Report of the Municipal Commissioner on the plague in Bombay for the year ending 31st May... - Volume 1
Disease focus: Plague
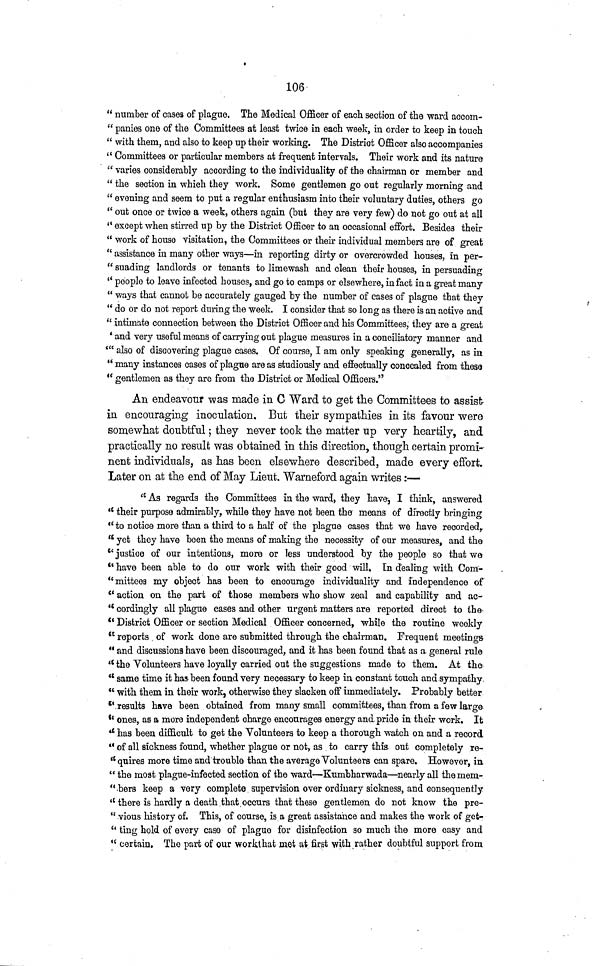
106
" number of cases of plague. The Medical Officer of each section of the ward accom-
" panies one of the Committees at least twice in each week, in order to keep in touch
" with them, and also to keep up their working. The District Officer also accompanies
" Committees or particular members at frequent intervals. Their work and its nature
" varies considerably according to the individuality of the chairman or member and
" the section in which they work. Some gentlemen go out regularly morning and
" evening and seem to put a regular enthusiasm into their voluntary duties, others go
" out once or twice a week, others again (but they are very few) do not go out at all
" except when stirred up by the District Officer to an occasional effort. Besides their
" work of house visitation, the Committees or their individual members are of great
" assistance in many other ways—in reporting dirty or overcrowded houses, in per-
" suading landlords or tenants to limewash and clean their houses, in persuading
" people to leave infected houses, and go to camps or elsewhere, in fact in a great many
" ways that cannot be accurately gauged by the number of cases of plague that they
"do or do not report during the week. I consider that so long as there is an active and
" intimate connection between the District Officer and his Committees, they are a great
' and very useful means of carrying out plague measures in a conciliatory manner and
" also of discovering plague cases. Of course, I am only speaking generally, as in
" many instances cases of plague areas studiously and effectually concealed from these
" gentlemen as they are from the District or Medical Officers."
An endeavour was made in C Ward to get the Committees to assist-
in encouraging inoculation. But their sympathies in its favour were
somewhat doubtful ; they never took the matter up very heartily, and
practically no result was obtained in this direction, though certain promi-
nent individuals, as has been elsewhere described, made every effort.
Later on at the end of May Lieut. Warneford again writes :—
" As regards the Committees in the ward, they have, I think, answered
" their purpose admirably, while they have not been the means of directly bringing
" to notice more than a third to a half of the plague cases that we have recorded,.
" yet they have been the means of making the necessity of our measures, and the
" justice of our intentions, more or less understood by the people so that we
" have been able to do our work with their good will. In dealing with Com-
"mittees my object has been to encourage individuality and independence of
" action on the part of those members who show zeal and capability and ac-
" cordingly all plague cases and other urgent matters are reported direct to the
" District Officer or section Medical Officer concerned, while the routine weekly
" reports of work done are submitted through the chairman. Frequent meetings
" and discussions have been discouraged, and it has been found that as a general rule
" the Volunteers have loyally carried out the suggestions made to them. At the
" same time it has been found very necessary to keep in constant touch and sympathy
" with them in their work, otherwise they slacken off immediately. Probably better
" results have been obtained from many small committees, than from a few large
" ones, as a more independent charge encourages energy and pride in their work. It
" has been difficult to get the Volunteers to keep a thorough watch on and a record
" of all sickness found, whether plague or not, as to carry this out completely re-
quires more time and trouble than the average Volunteers can spare. However, in
" the most plague-infected section of the ward—Kumbharwada—nearly all the mem-
".bers keep a very complete supervision over ordinary sickness, and consequently
" there is hardly a death that occurs that these gentlemen do not know the pre-
" vious history of. This, of course, is a great assistance and makes the work of get-
" ting hold of every case of plague for disinfection so much the more easy and
" certain. The part of our work that met at first with rather doubtful support from